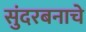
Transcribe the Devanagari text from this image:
सुंदरबनाचे